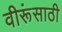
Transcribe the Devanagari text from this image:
वीरूंसाठी